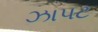
ઝાપટ